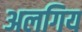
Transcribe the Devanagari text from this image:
अलगिय